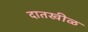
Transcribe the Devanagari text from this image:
दातखीळ